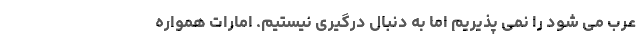
عرب می شود را نمی پذیریم اما به دنبال درگیری نیستیم. امارات همواره